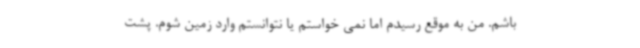
باشم. من به موقع رسیدم اما نمی خواستم یا نتوانستم وارد زمین شوم. پشت